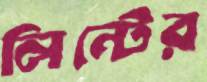
লিন্টের